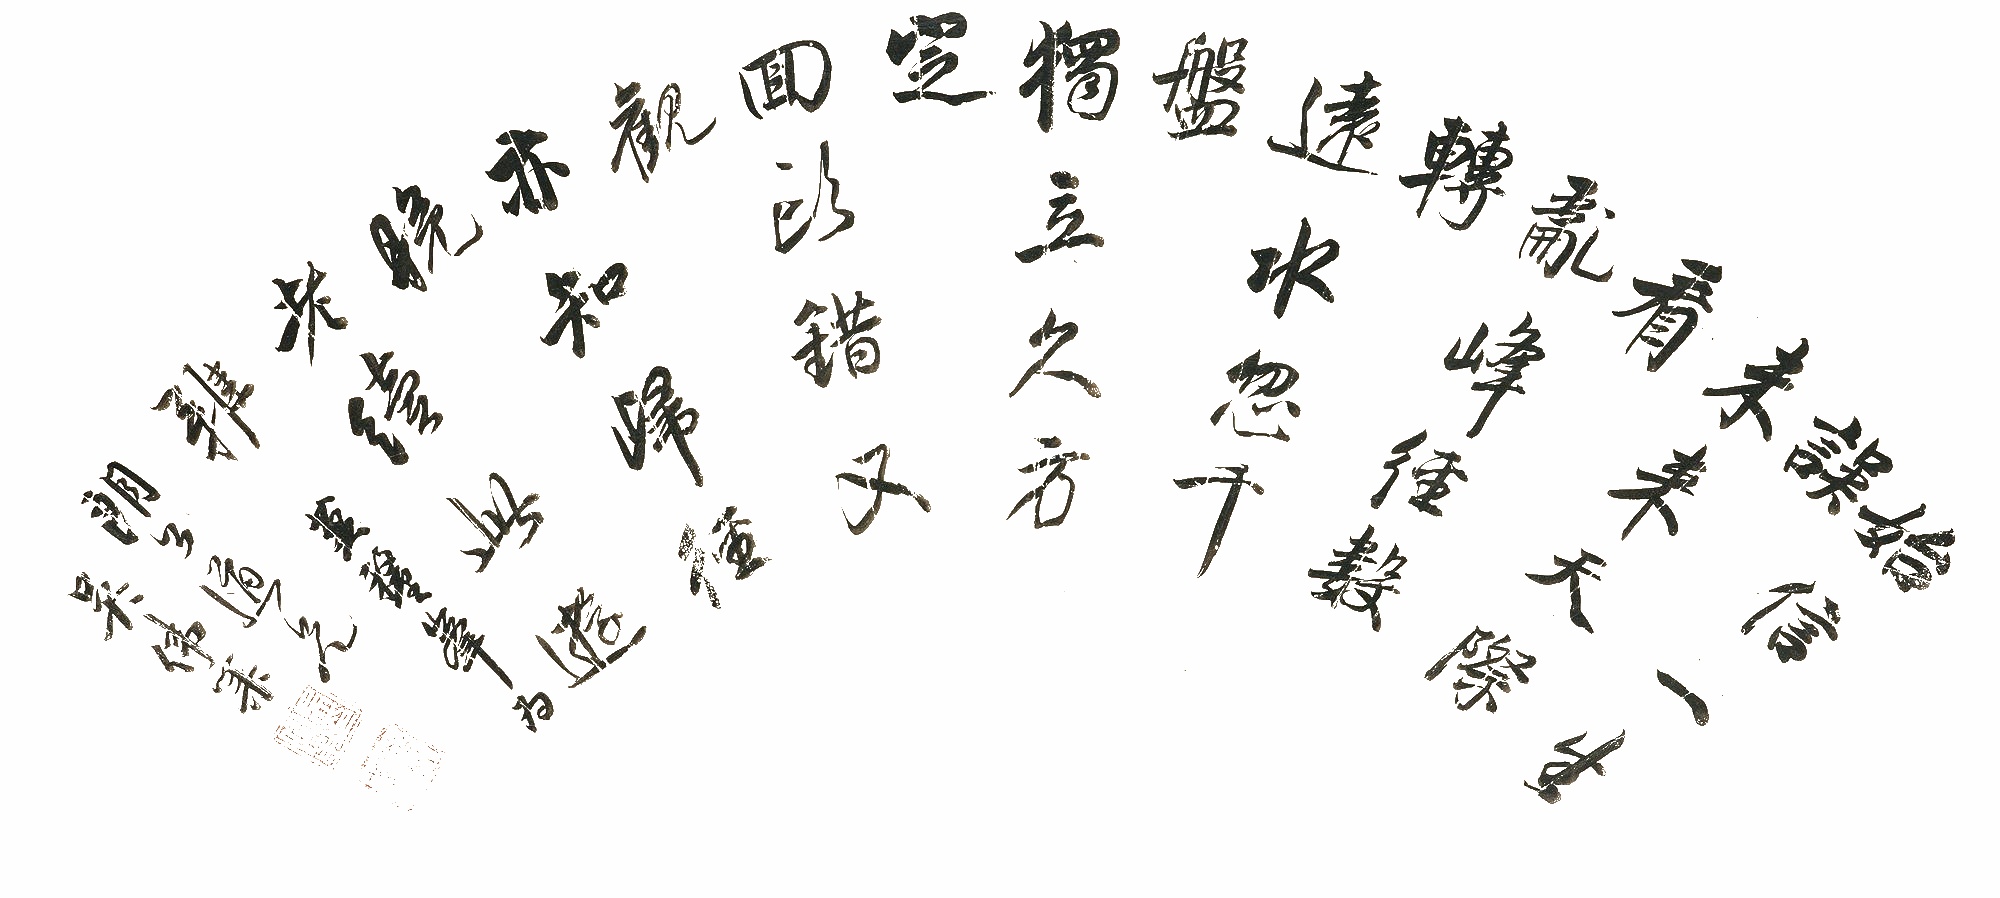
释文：始信一生误，未来天际看。乱峰经数转，远水忽千盘。独立久方定，回头错又观。亦知归径晚，老续此游难。莫厘峰为朗公道兄，吴伟业。吴伟业印（白）梅村（朱）